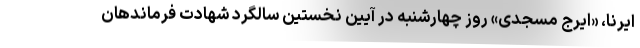
ایرنا، «ایرج مسجدی» روز چهارشنبه در آیین نخستین سالگرد شهادت فرماندهان